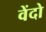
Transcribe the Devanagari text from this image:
वेंदो